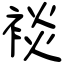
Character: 裧